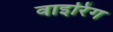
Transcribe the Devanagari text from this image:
वाइरिंग